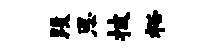
段恩披裕